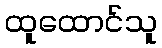
ထူထောင်သူ